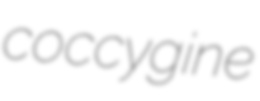
coccygine